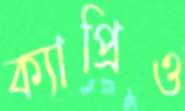
ক্যাপ্রিও